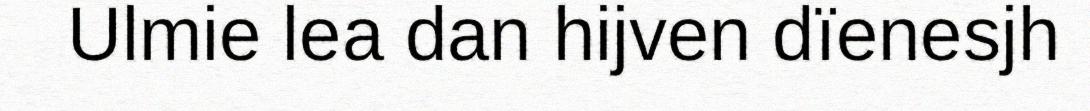
Ulmie lea dan hijven dïenesjh